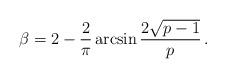
LaTeX: \begin{align*} \beta= 2-\frac2{\pi} \arcsin \frac{2\sqrt{p-1}}{p}\,.\end{align*}